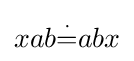
xab{\overset {\cdot }{=}}abx